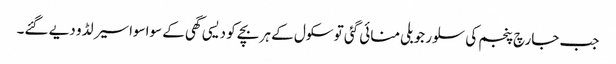
جب جارچ پنجم کی سلور جوبلی منائی گئی تو سکول کے ہر بچے کو دیسی گھی کے سواسواسیر لڈو دیے گئے۔